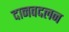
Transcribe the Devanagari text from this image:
दानवदलन